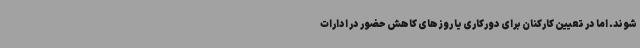
شوند. اما در تعیین کارکنان برای دورکاری یا روزهای کاهش حضور در ادارات